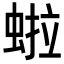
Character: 𬠏